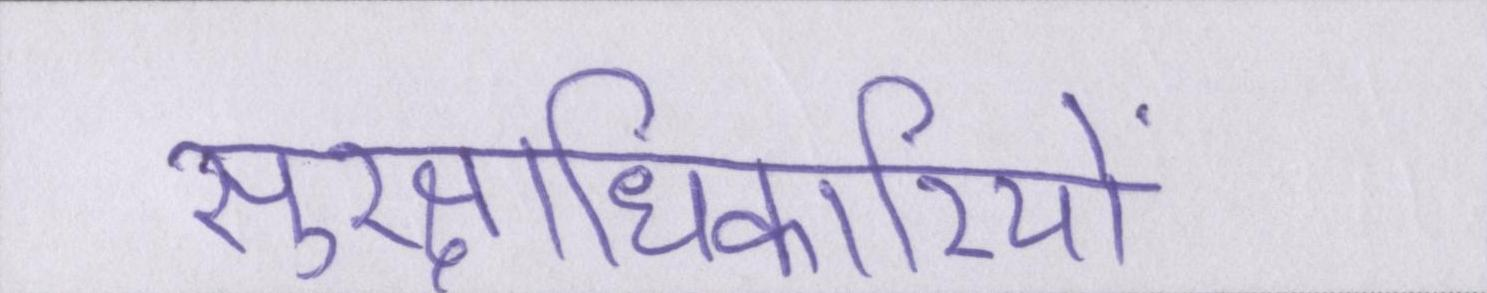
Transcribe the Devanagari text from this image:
सुरक्षाधिकारियों